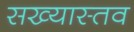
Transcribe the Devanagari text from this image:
सख्यास्तव